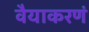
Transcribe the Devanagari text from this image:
वैयाकरणं